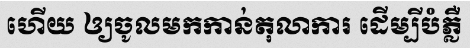
ហើយ ឲ្យចូលមកកាន់តុលាការ ដើម្បីបំភ្លឺ